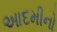
આદમીનો